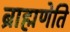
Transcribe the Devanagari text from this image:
ब्राह्मणेति